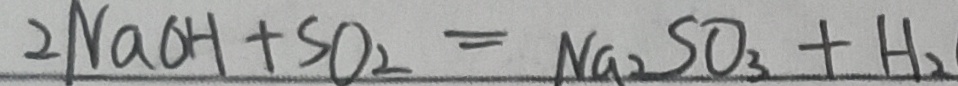
2 N a O H + S O _ { 2 } = N a _ { 2 } S O _ { 3 } + H _ { 2 }